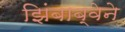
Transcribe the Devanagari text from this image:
झिंबाब्वेने